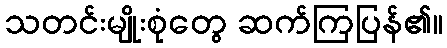
သတင်းမျိုးစုံတွေ ဆက်ကြပြန်၏။